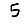
Digit: 5